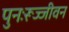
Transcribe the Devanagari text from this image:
पुनःरूज्जीवन